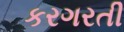
કરગરતી